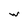
Character: w